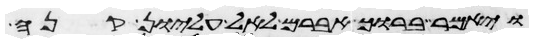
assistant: ויאמר ברוך אברם לאל עליון קנה